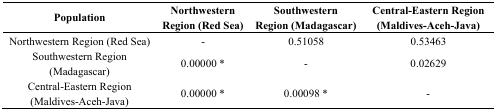
<table><thead><tr><td><b>Population</b></td><td><b>Northwestern Region (Red Sea)</b></td><td><b>Southwestern Region (Madagascar)</b></td><td><b>Central-Eastern Region (Maldives-Aceh-Java)</b></td></tr></thead><tbody><tr><td>Northwestern Region (Red Sea)</td><td>-</td><td>0.51058</td><td>0.53463</td></tr><tr><td>Southwestern Region (Madagascar)</td><td>0.00000 *</td><td>-</td><td>0.02629</td></tr><tr><td>Central-Eastern Region (Maldives-Aceh-Java)</td><td>0.00000 *</td><td>0.00098 *</td><td>-</td></tr></tbody></table>